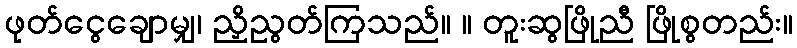
ဖုတ်ငွေချောမျှ၊ ညှိညွတ်ကြသည်။ ။ တူးဆွဖြိုညီ ဖြိုစွတည်း။